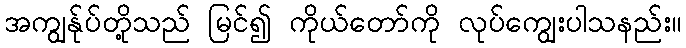
အကျွန်ုပ်တို့သည် မြင်၍ ကိုယ်တော်ကို လုပ်ကျွေးပါသနည်း။